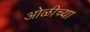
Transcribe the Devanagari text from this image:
ओळीच्या